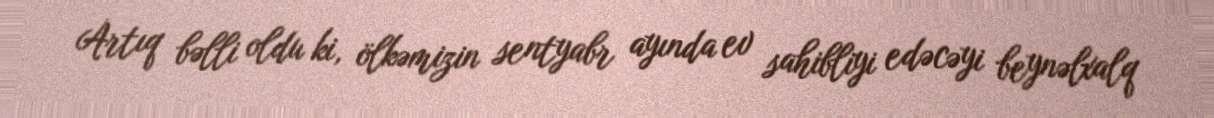
Artıq bəlli oldu ki, ölkəmizin sentyabr ayında ev sahibliyi edəcəyi beynəlxalq